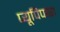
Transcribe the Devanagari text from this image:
प्यूपिपारा